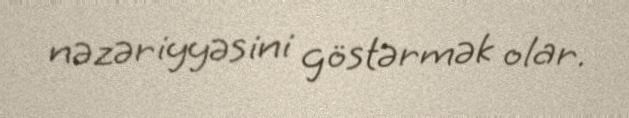
nəzəriyyəsini göstərmək olar.